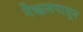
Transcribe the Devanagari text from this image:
नैऋत्येपासून